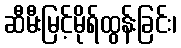
ဆီမီးမြင့်မိုရ်ထွန်းခြင်း၊